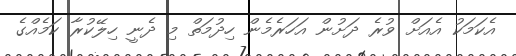
އެކަމަކު އެއަށް ވުރެ ދަށުން އަހަރެމެން ހިދުމަތް މި ދެނީ ހިލޭކުރާ ކަމެއްގެ